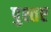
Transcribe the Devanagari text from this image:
पुश्तए